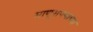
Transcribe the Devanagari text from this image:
माणूसपणाच्या